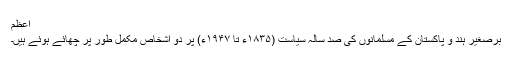
اعظم
برصغیر ہند و پاکستان کے مسلمانوں کی صد سالہ سیاست (۱۸۳۵ء تا ۱۹۴۷ء) پر دو اشخاص مکمل طور پر چھائے ہوئے ہیں۔